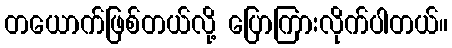
တယောက်ဖြစ်တယ်လို့ ပြောကြားလိုက်ပါတယ်။